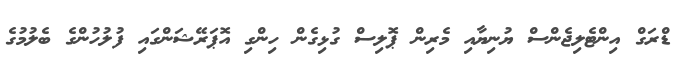
ޑްރަގް އިންޓެލިޖެންސް ޔުނިޔާއި މެރިން ޕޮލިސް ގުޅިގެން ހިންގި އޮޕަރޭޝަންގައި ފުލުހުންގެ ބެލުމުގެ